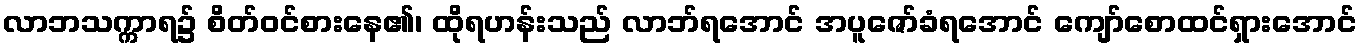
လာဘသက္ကာရ၌ စိတ်ဝင်စားနေ၏၊ ထိုရဟန်းသည် လာဘ်ရအောင် အပူဇော်ခံရအောင် ကျော်စောထင်ရှားအောင်